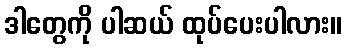
ဒါတွေကို ပါဆယ် ထုပ်ပေးပါလား။